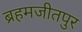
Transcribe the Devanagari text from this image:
ब्रहमजीतपुर